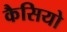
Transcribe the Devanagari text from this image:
कैसियो